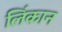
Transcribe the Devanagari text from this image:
लिंकान